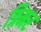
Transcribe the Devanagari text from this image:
त्रिमर